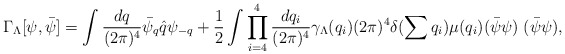
\begin{align*}\Gamma_{\Lambda} [\psi,\bar{\psi}] = \int \frac{dq}{(2\pi)^{4}} \bar{\psi}_{q} \hat{q} \psi_{-q} + \frac{1}{2} \int \prod_{i=4}^{4} \frac{dq_{i}}{(2\pi)^{4}} \gamma_{\Lambda} (q_{i}) (2\pi)^{4} \delta (\sum q_{i}) \mu (q_{i}) (\bar{\psi} \psi) \; (\bar{\psi} \psi),\end{align*}